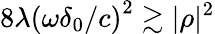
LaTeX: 8\lambda\left(\omega\delta_{0}/c\right)^{2}\gtrsim|\rho|^{2}